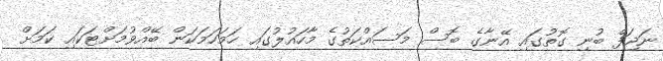
ނަޖަފް ބުނި ގޮތުގައި އޭނާގެ ބޮސް މަސައްކަތުގެ މާހައުލުގައި ހަމަހަމަކަން ބޭއްވުމަށްޓަކައި ކަމަށް